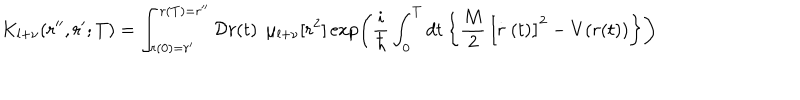
K _ { l + \nu } ( r ^ { \prime \prime } , r ^ { \prime } ; T ) = \int _ { r ( 0 ) = r ^ { \prime } } ^ { r ( T ) = r ^ { \prime \prime } } { \cal D } r ( t ) \, \; \mu _ { l + \nu } [ r ^ { 2 } ] \exp \left( \frac { i } { \hbar } \int _ { 0 } ^ { T } d t \left\{ \frac { M } { 2 } \, \left[ \stackrel { . } { r } ( t ) \right] ^ { 2 } - V ( r ( t ) ) \right\} \right) \;